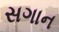
સગાન